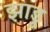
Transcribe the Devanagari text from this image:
झाडू़